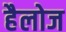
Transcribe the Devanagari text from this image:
हैलोज